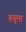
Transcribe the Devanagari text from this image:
हसूना